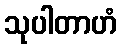
သုပါတာဟံ